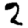
Digit: 2